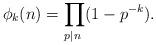
LaTeX: \begin{align*}\phi_k(n)=\prod_{p|n\;} (1-p^{-k}).\end{align*}